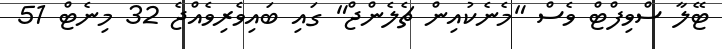
ޓޭލާ ސްވިފްޓް ވެސް "މެނެކުއިން ޗެލެންޖް" ގައި ބައިވެރިވެއްޖެ 32 މިނެޓް 51